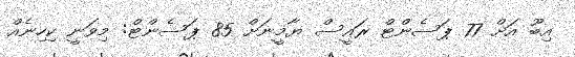
އިބޫ އަށް 77 ޕަސެންޓް ރައީސް ޔާމީނަށް 85 ޕަސެންޓް: މިވަނީ ކިހިނެއް